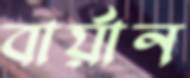
বার্য়ান